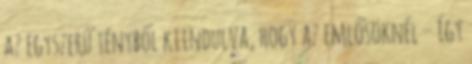
az egyszerű tényből kiindulva, hogy az emlősöknél – így